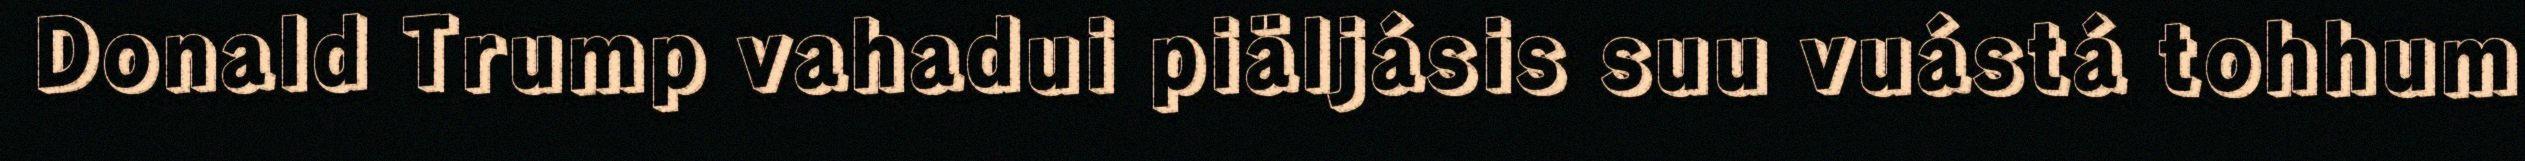
Donald Trump vahadui piäljásis suu vuástá tohhum